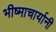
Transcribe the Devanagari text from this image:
भीष्माचार्यानी